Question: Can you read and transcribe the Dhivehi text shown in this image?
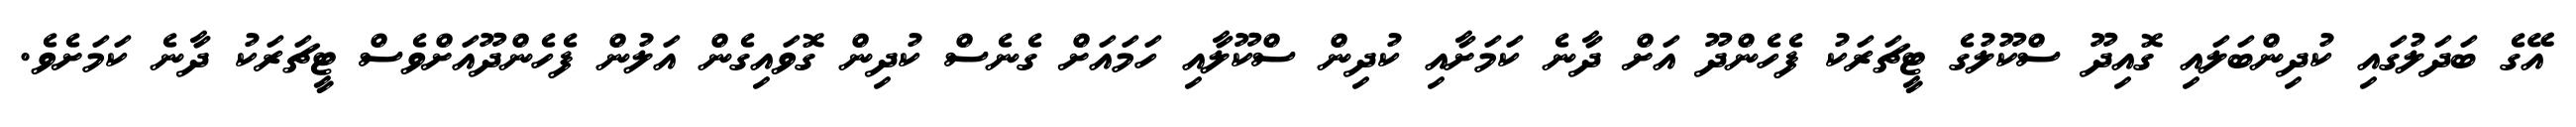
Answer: އޭގެ ބަދަލުގައި ކުދިންބަލައި ގޮއިދޫ ސްކޫލުގެ ޓީޗަރަކު ފެހެންދޫ އަށް ދާނެ ކަމަށާއި ކުދިން ސްކޫލާއި ހަމައަށް ގެނެސް ކުދިން ގޮވައިގެން އަލުން ފެހެންދޫއަށްވެސް ޓީޗަރަކު ދާނެ ކަމަށެވެ.